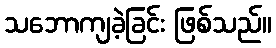
သဘောကျခဲ့ခြင်း ဖြစ်သည်။